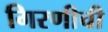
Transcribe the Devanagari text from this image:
गिरणीची